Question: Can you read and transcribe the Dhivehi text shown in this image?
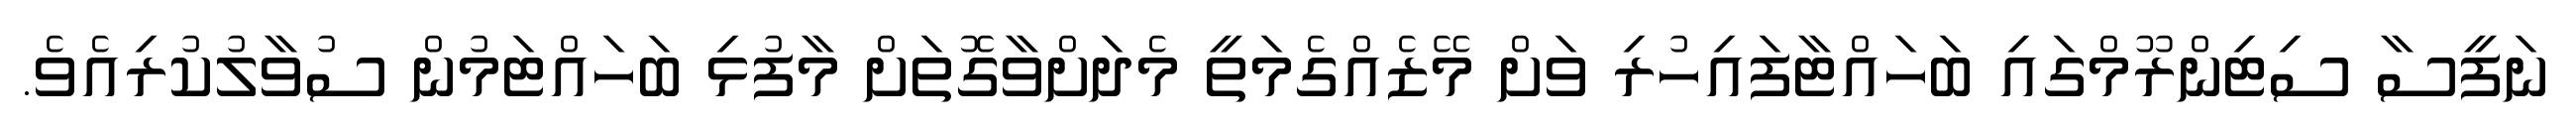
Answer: ނަފީސާ ސިޓިންރޫމްގައި ބަހައްޓާފައިހުރި ވަށް މޭޒެއްގެމަތީ މެދަށްވާގޮތަށް މާފުޅި ބަހައްޓަމުން ސުވާލުކުރިއެވެ.